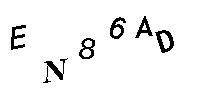
EN86AD